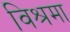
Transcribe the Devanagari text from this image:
विश्रमा